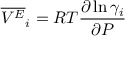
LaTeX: { \overline { { V ^ { E } } } } _ { i } = R T { \frac { \partial \ln \gamma _ { i } } { \partial P } }